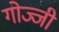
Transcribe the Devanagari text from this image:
गोज्जी